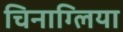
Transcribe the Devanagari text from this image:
चिनाग्लिया